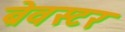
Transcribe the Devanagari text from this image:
ब्रेवस्टर